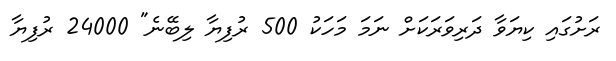
ރަށުގައި ކިޔަވާ ދަރިވަރަކަށް ނަމަ މަހަކު 500 ރުފިޔާ ލިބޭނެ" 24000 ރުފިޔާ